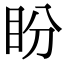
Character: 盼